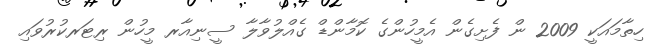
ހިތާމައަކީ 2009 ން ފެށިގެން އެމީހުންގެ ކޮމާންޑް ގެއްލުވާލާ ސީނިއާރ މީހުން ރިޓަރކުރުވައި